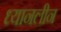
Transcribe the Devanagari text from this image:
ध्यानलीन